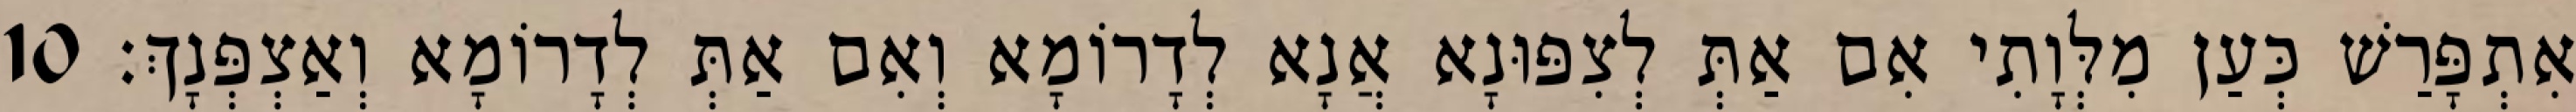
אִתְפָּרַשׁ כְּעַן מִלְּוָתִי אִם אַתְּ לְצִפּוּנָא אֲנָא לְדָרוֹמָא וְאִם אַתְּ לְדָרוֹמָא וְאַצְפְּנָךְ׃ 10